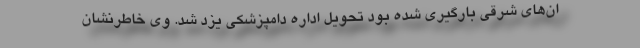
ان‌های شرقی بارگیری شده بود تحویل اداره دامپزشکی یزد شد. وی خاطرنشان